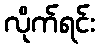
လိုက်ရင်း